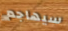
سيهاجم